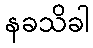
နခသိခါ